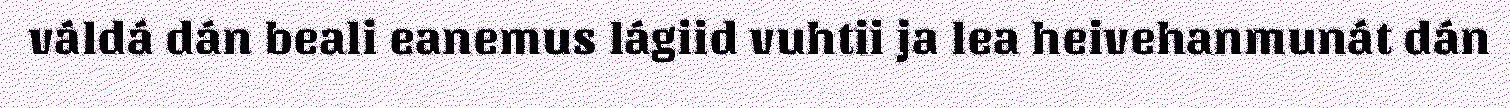
váldá dán beali eanemus lágiid vuhtii ja lea heivehanmunát dán